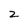
Character: z